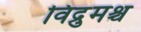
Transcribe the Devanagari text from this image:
विद्रुमश्च